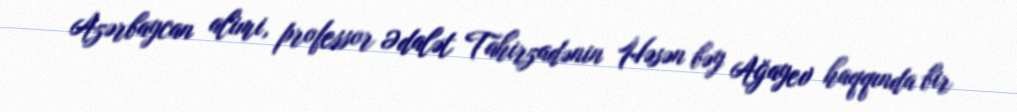
Azərbaycan alimi, professor Ədalət Tahirzadənin Həsən bəy Ağayev haqqında bir